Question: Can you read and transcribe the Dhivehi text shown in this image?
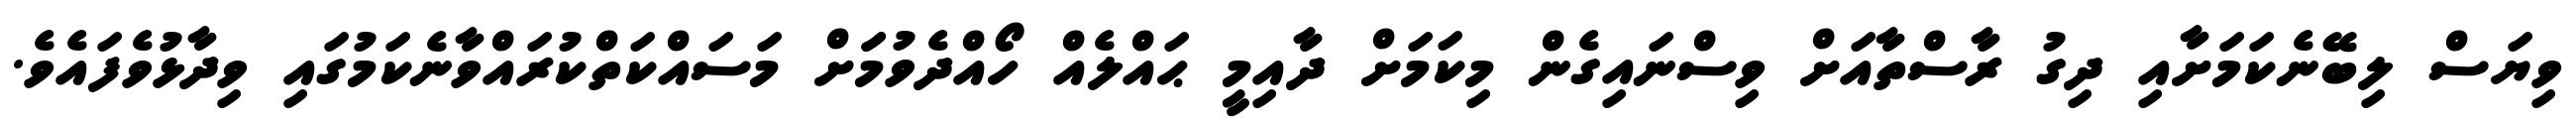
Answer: ވިޔަސް ލިބޭނެކަމަށާއި ދިގު ރާސްތާއަށް ވިސްނައިގެން މިކަމަށް ދާއިމީ ޙައްލެއް ހޯއްދެވުމަަށް މަސައްކަތްކުރައްވާނެކަމުގައި ވިދާޅުވެފައެވެ.